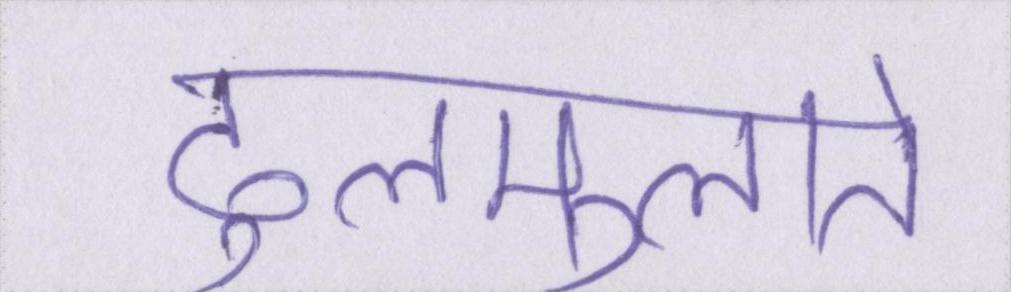
ढुलमुलाते